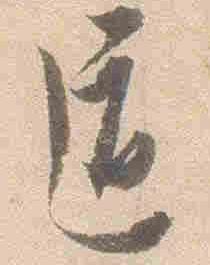
道